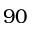
9 0